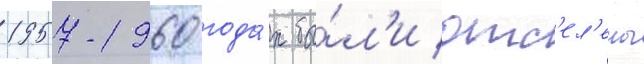
1957-1960 года́х бы́л'и отс'ел'ены